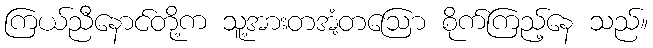
ကြယ်ညီနောင်တို့က သူ့အားတအံ့တဩော စိုက်ကြည့်နေ သည်။